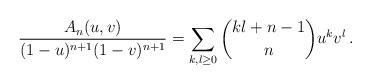
LaTeX: \begin{align*}\frac{A_n(u,v)}{(1-u)^{n+1}(1-v)^{n+1}} = \sum_{k,l\ge 0} {kl+n-1\choose n} u^k v^l\,.\end{align*}